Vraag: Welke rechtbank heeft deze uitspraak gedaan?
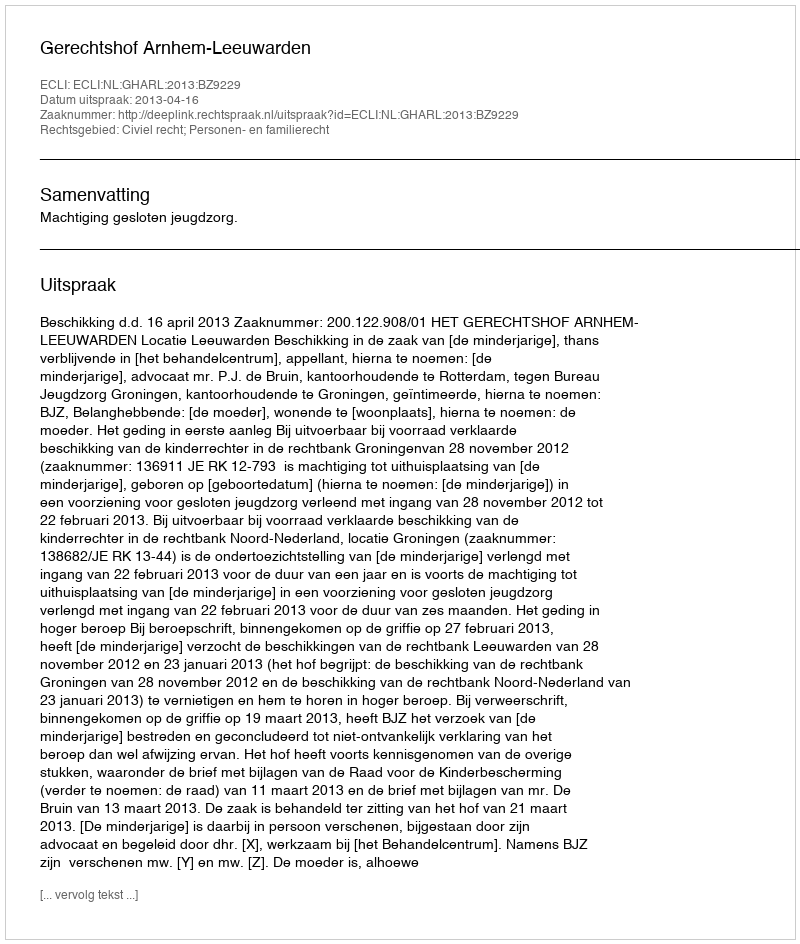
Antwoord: Gerechtshof Arnhem-Leeuwarden